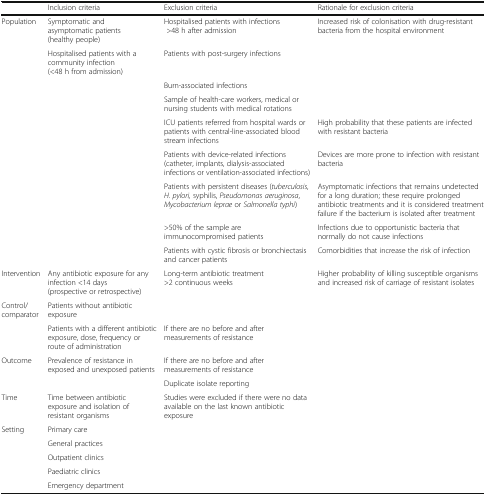
<table><thead><tr><td></td><td><b>Inclusion criteria</b></td><td><b>Exclusion criteria</b></td><td><b>Rationale for exclusion criteria</b></td></tr></thead><tbody><tr><td rowspan="9">Population</td><td>Symptomatic and asymptomatic patients (healthy people)</td><td>Hospitalised patients with infections &gt;48 h after admission</td><td>Increased risk of colonisation with drug-resistant bacteria from the hospital environment</td></tr><tr><td>Hospitalised patients with a community infection (&lt;48 h from admission)</td><td>Patients with post-surgery infections</td><td></td></tr><tr><td></td><td>Burn-associated infections</td><td></td></tr><tr><td></td><td>Sample of health-care workers, medical or nursing students with medical rotations</td><td></td></tr><tr><td></td><td>ICU patients referred from hospital wards or patients with central-line-associated bloodstream infections</td><td>High probability that these patients are infected with resistant bacteria</td></tr><tr><td></td><td>Patients with device-related infections (catheter, implants, dialysis-associated infections or ventilation-associated infections)</td><td>Devices are more prone to infection with resistant bacteria</td></tr><tr><td></td><td>Patients with persistent diseases (<i>tuberculosis, H. pylori,</i> syphilis, <i>Pseudomonas aeruginosa</i>, <i>Mycobacterium leprae</i> or <i>Salmonella typhi</i>)</td><td>Asymptomatic infections that remains undetected for a long duration; these require prolonged antibiotic treatments and it is considered treatment failure if the bacterium is isolated after treatment</td></tr><tr><td></td><td>&gt;50% of the sample are immunocompromised patients</td><td>Infections due to opportunistic bacteria that normally do not cause infections</td></tr><tr><td></td><td>Patients with cystic fibrosis or bronchiectasis and cancer patients</td><td>Comorbidities that increase the risk of infection</td></tr><tr><td>Intervention</td><td>Any antibiotic exposure for any infection &lt;14 days (prospective or retrospective)</td><td>Long-term antibiotic treatment &gt;2 continuous weeks</td><td>Higher probability of killing susceptible organisms and increased risk of carriage of resistant isolates</td></tr><tr><td rowspan="2">Control/comparator</td><td>Patients without antibiotic exposure</td><td></td><td></td></tr><tr><td>Patients with a different antibiotic exposure, dose, frequency or route of administration</td><td>If there are no before and after measurements of resistance</td><td></td></tr><tr><td rowspan="2">Outcome</td><td>Prevalence of resistance in exposed and unexposed patients</td><td>If there are no before and after measurements of resistance</td><td></td></tr><tr><td></td><td>Duplicate isolate reporting</td><td></td></tr><tr><td>Time</td><td>Time between antibiotic exposure and isolation of resistant organisms</td><td>Studies were excluded if there were no data available on the last known antibiotic exposure</td><td></td></tr><tr><td rowspan="5">Setting</td><td>Primary care</td><td></td><td></td></tr><tr><td>General practices</td><td></td><td></td></tr><tr><td>Outpatient clinics</td><td></td><td></td></tr><tr><td>Paediatric clinics</td><td></td><td></td></tr><tr><td>Emergency department</td><td></td><td></td></tr></tbody></table>